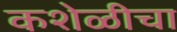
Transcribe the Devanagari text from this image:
कशेळीचा